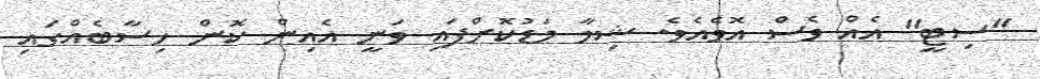
"ސިޓީ" އެއް ވެސް އޮވެއެވެ. ޝިމާ މަޑުކޮށްފައި ވަނީ އެއިން ކޮން ހިސާބެއްގައި